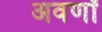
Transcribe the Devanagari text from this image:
अवर्णों